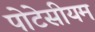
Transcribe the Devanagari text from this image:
पोटेसीयम